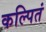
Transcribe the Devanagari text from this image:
कल्पितं